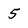
Character: 5